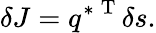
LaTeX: \delta J={q^{*}}^{\mathrm{~T~}}\delta s.